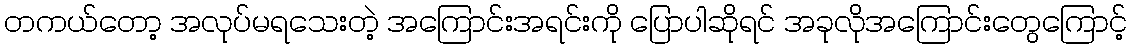
တကယ်တော့ အလုပ်မရသေးတဲ့ အကြောင်းအရင်းကို ပြောပါဆိုရင် အခုလိုအကြောင်းတွေကြောင့်